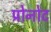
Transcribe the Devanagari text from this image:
प्रोनोट